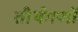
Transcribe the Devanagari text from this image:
तीर्थगणों